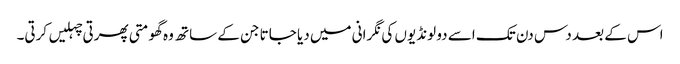
اس کے بعد دس دن تک اسے دو لونڈیوں کی نگرانی میں دیا جاتا جن کے ساتھ وہ گھومتی پھرتی چہلیں کرتی۔